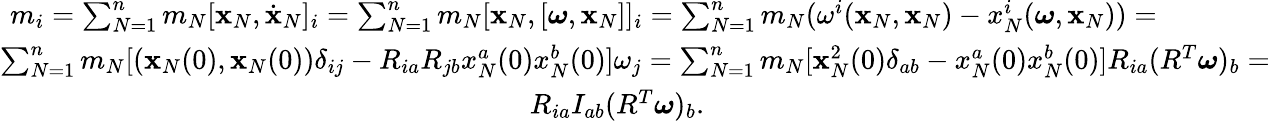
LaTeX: \begin{array}{r}{m_{i}=\sum_{N=1}^{n}m_{N}[{\mathbf x}_{N},\dot{\mathbf x}_{N}]_{i}=\sum_{N=1}^{n}m_{N}[{\mathbf x}_{N},[{\boldsymbol\omega},{\mathbf x}_{N}]]_{i}=\sum_{N=1}^{n}m_{N}(\omega^{i}({\mathbf x}_{N},{\mathbf x}_{N})-x_{N}^{i}({\boldsymbol\omega},{\mathbf x}_{N}))=\qquad\qquad}\\ {\sum_{N=1}^{n}m_{N}[({\mathbf x}_{N}(0),{\mathbf x}_{N}(0))\delta_{ij}-R_{ia}R_{jb}x_{N}^{a}(0)x_{N}^{b}(0)]\omega_{j}=\sum_{N=1}^{n}m_{N}[{\mathbf x}_{N}^{2}(0)\delta_{ab}-x_{N}^{a}(0)x_{N}^{b}(0)]R_{ia}(R^{T}{\boldsymbol\omega})_{b}=}\\ {R_{ia}I_{ab}(R^{T}{\boldsymbol\omega})_{b}.\qquad\qquad\qquad\qquad\qquad\qquad\qquad\qquad\qquad\qquad}\end{array}